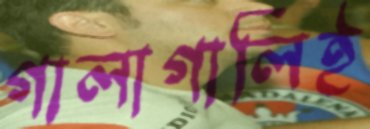
গালাগালিই